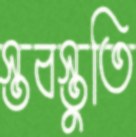
স্তবস্তুতি